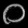
Digit: ၀